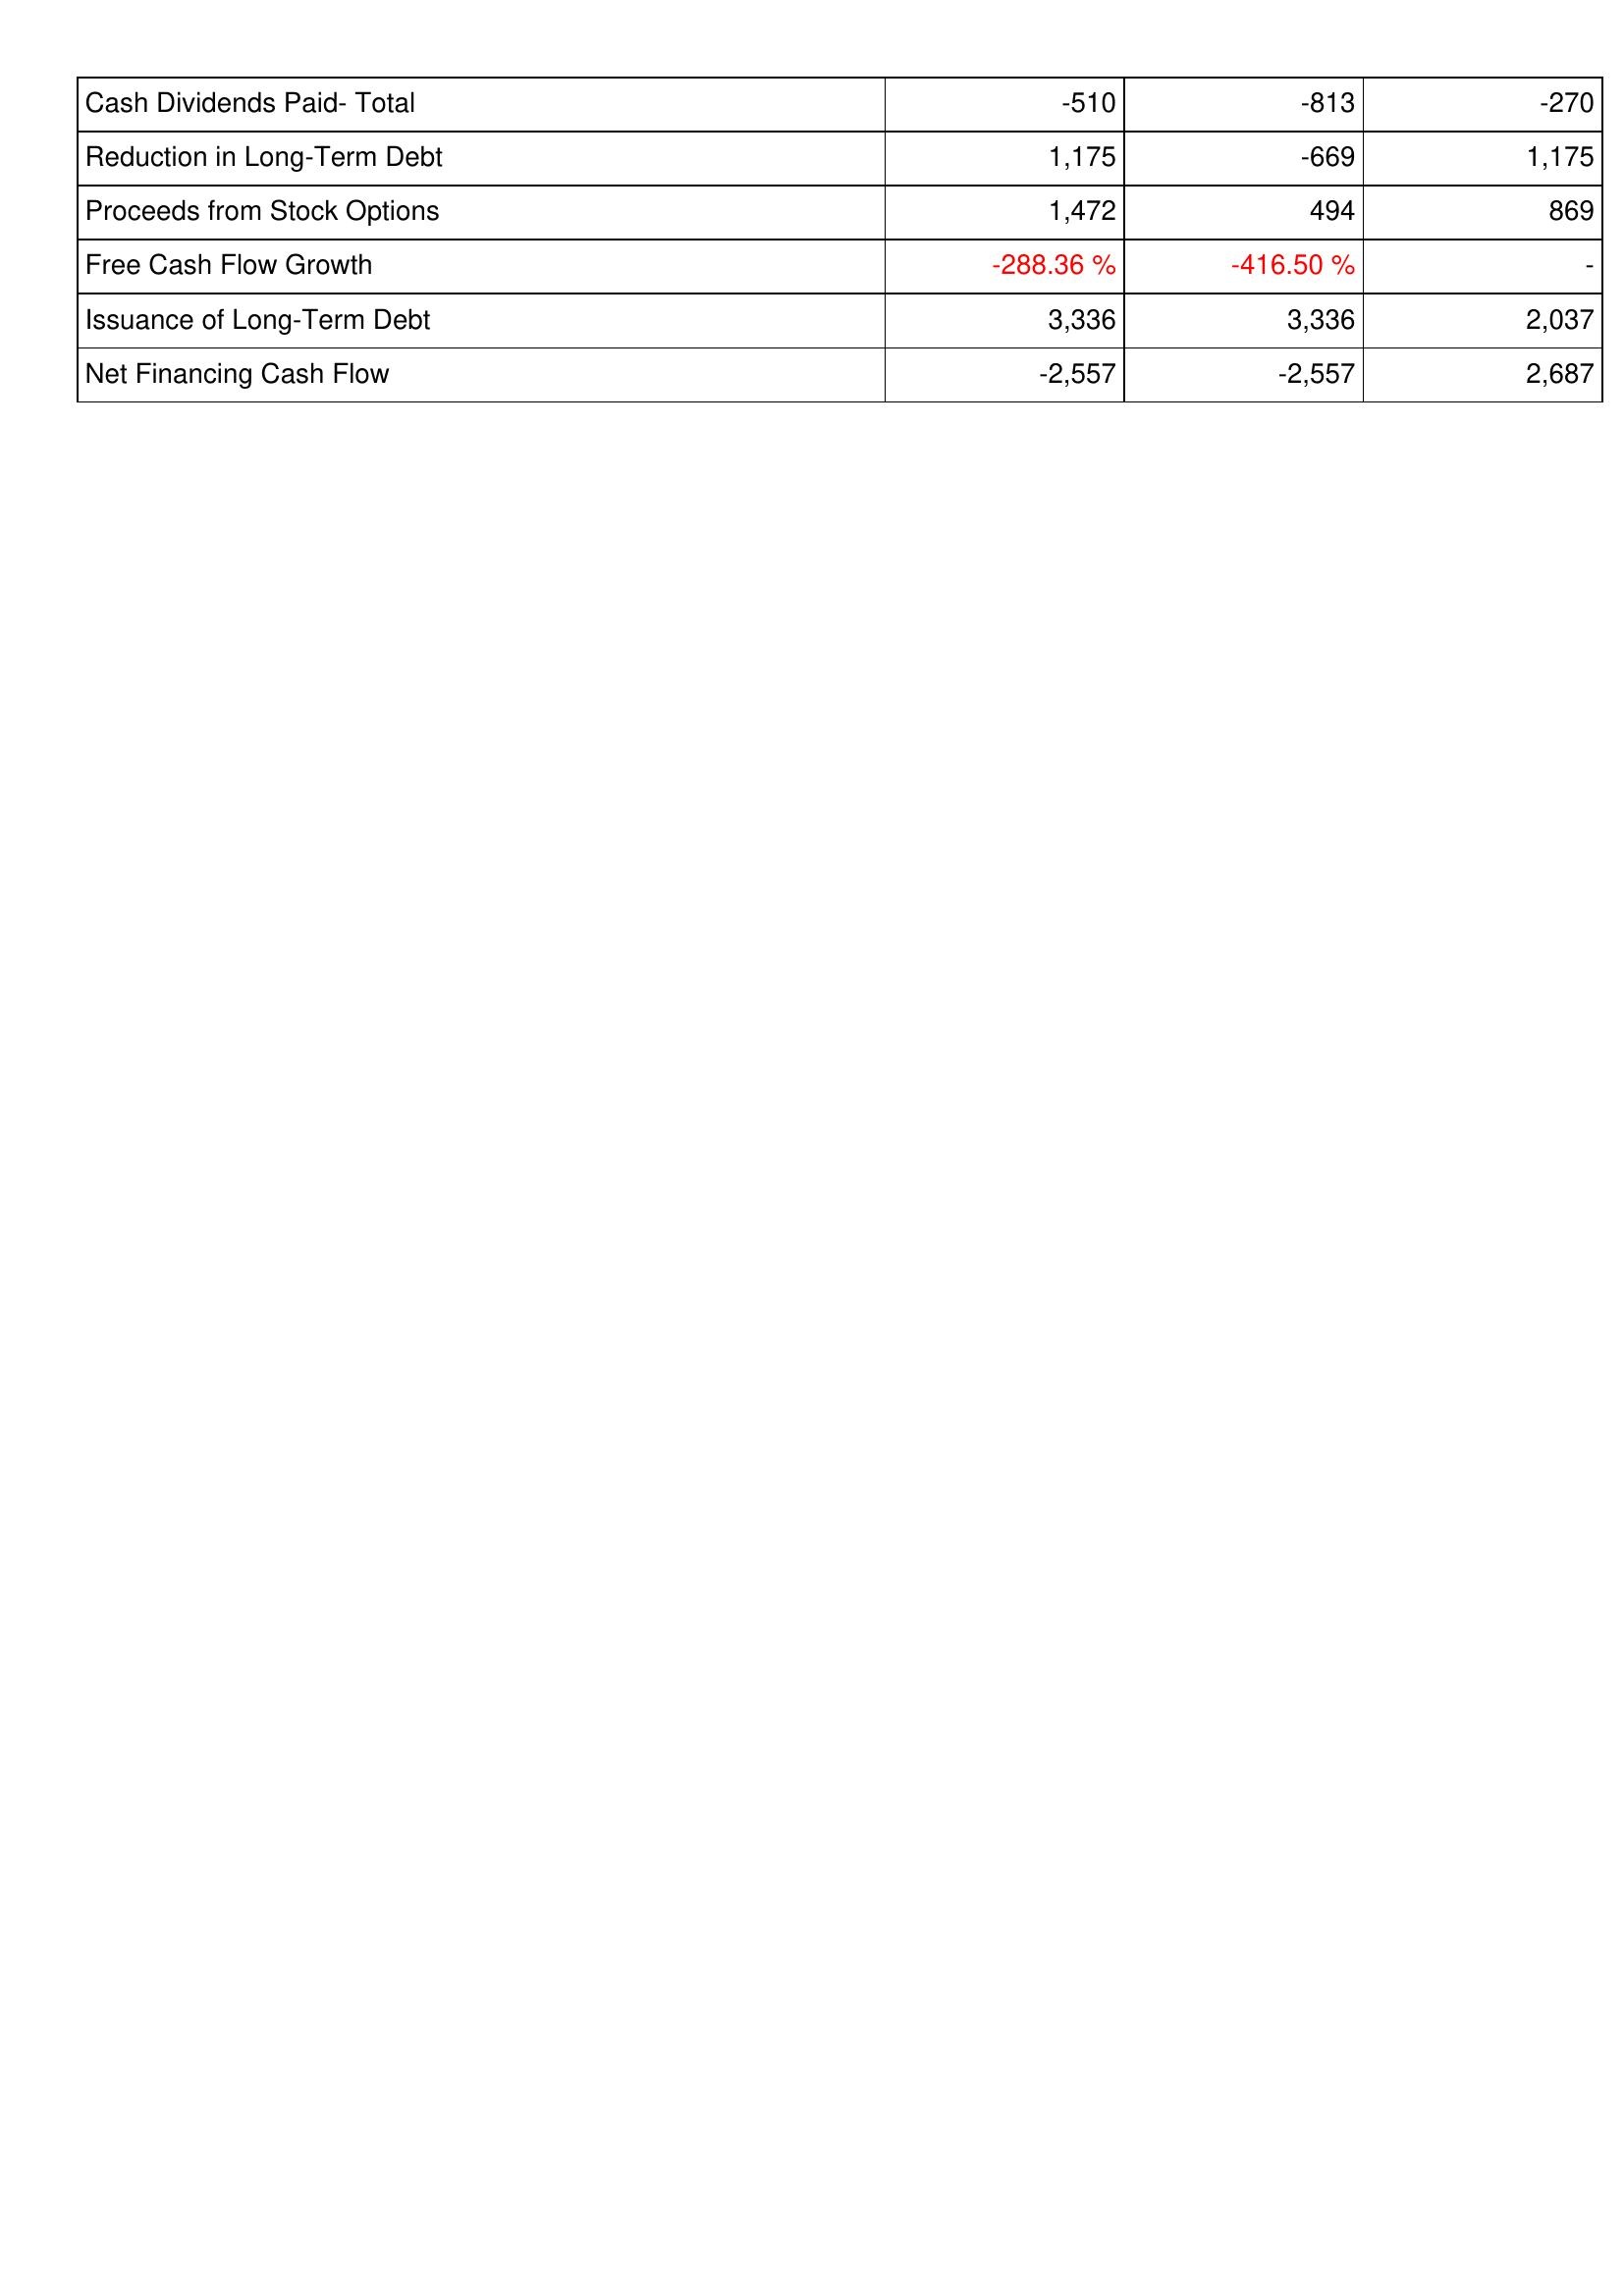
2005: Financing Activities: Cash Dividends Paid- Total: -510
Reduction in Long-Term Debt: 1,175
Proceeds from Stock Options: 1,472
Free Cash Flow Growth: -288.36 %
Issuance of Long-Term Debt: 3,336
Net Financing Cash Flow: -2,557
2006: Financing Activities: Cash Dividends Paid- Total: -813
Reduction in Long-Term Debt: -669
Proceeds from Stock Options: 494
Free Cash Flow Growth: -416.50 %
Issuance of Long-Term Debt: 3,336
Net Financing Cash Flow: -2,557
2007: Financing Activities: Cash Dividends Paid- Total: -270
Reduction in Long-Term Debt: 1,175
Proceeds from Stock Options: 869
Free Cash Flow Growth: -
Issuance of Long-Term Debt: 2,037
Net Financing Cash Flow: 2,687